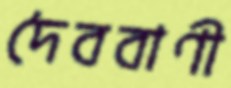
দৈববাণী